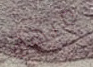
مبهج